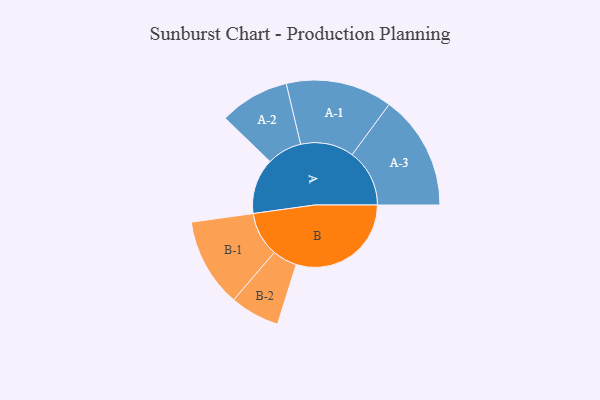
{"axis": {"x": "Segment", "y": "Value"}, "legend": ["", "A", "B"], "data": [{"x": "A", "y": 240, "type": ""}, {"x": "B", "y": 497, "type": ""}, {"x": "A-1", "y": 230, "type": "A"}, {"x": "A-2", "y": 151, "type": "A"}, {"x": "A-3", "y": 248, "type": "A"}, {"x": "B-1", "y": 192, "type": "B"}, {"x": "B-2", "y": 107, "type": "B"}]}